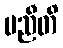
မညီတိ